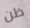
ظن